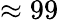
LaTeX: \approx 99